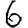
Digit: 6